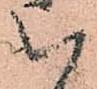
い